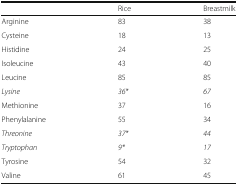
|  | Rice | Breastmilk |
 | --- | --- | --- |
 | Arginine | 83 | 38 |
 | Cysteine | 18 | 13 |
 | Histidine | 24 | 25 |
 | Isoleucine | 43 | 40 |
 | Leucine | 85 | 85 |
 | Lysine | 36* | 67 |
 | Methionine | 37 | 16 |
 | Phenylalanine | 55 | 34 |
 | Threonine | 37* | 44 |
 | Tryptophan | 9* | 17 |
 | Tyrosine | 54 | 32 |
 | Valine | 61 | 45 |